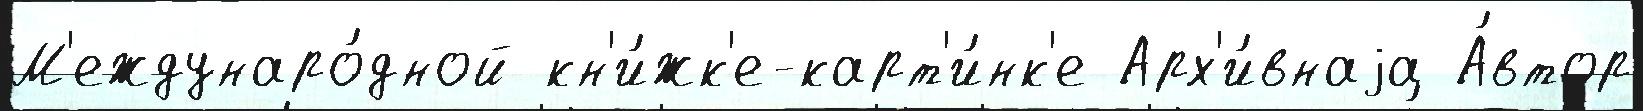
М'еждунаро́дной кн'и́жк'е-карт'и́нк'е Арх'и́внаjа А́втор